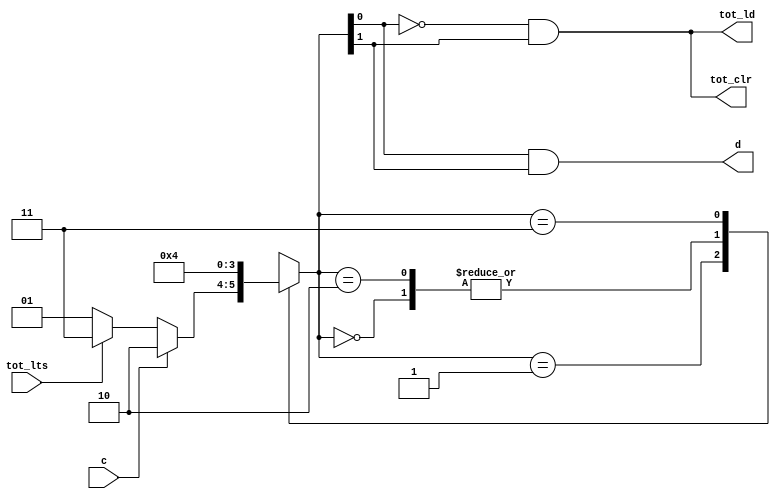
// Quartus Prime Verilog Template
// 4-State Mealy state machine

// A Mealy machine has outputs that depend on both the state and 
// the inputs.  When the inputs change, the outputs are updated
// immediately, without waiting for a clock edge.  The outputs
// can be written more than once per state or per clock cycle.

module controller_fsm
(input	c, tot_lts,
	output tot_clr, tot_ld, d);

	// Declare state register
	reg		[1:0] state;

	// Declare states
	parameter init = 2'b00, waits = 2'b01, add = 2'b10, disp = 2'b11;

	// Determine the next state synchronously, based on the
	// current state and the input
	always @ (c or tot_lts) begin
		case (state)
			init:
				begin
					state <= waits;
				end
			waits:
				if (c)
				begin
					state <= add;
				end
				else if (tot_lts) begin
					state <= disp;
				end
				else
				begin
					state <= waits;
				end
			add:
				
				begin
					state <= waits;
				end
				
			disp:
				begin
					state <= init;
				end
		endcase
	end

	assign d = state[0] & state[1];
	assign tot_ld = ~state[0] & state[1];
	assign tot_clr = ~state[0] & state[1];

endmodule